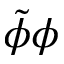
\tilde { \phi } \phi